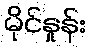
မိုင်နှုန်း